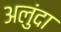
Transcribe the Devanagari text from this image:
अलुंदा